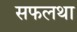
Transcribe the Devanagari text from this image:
सफलथा